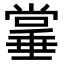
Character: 𫵌